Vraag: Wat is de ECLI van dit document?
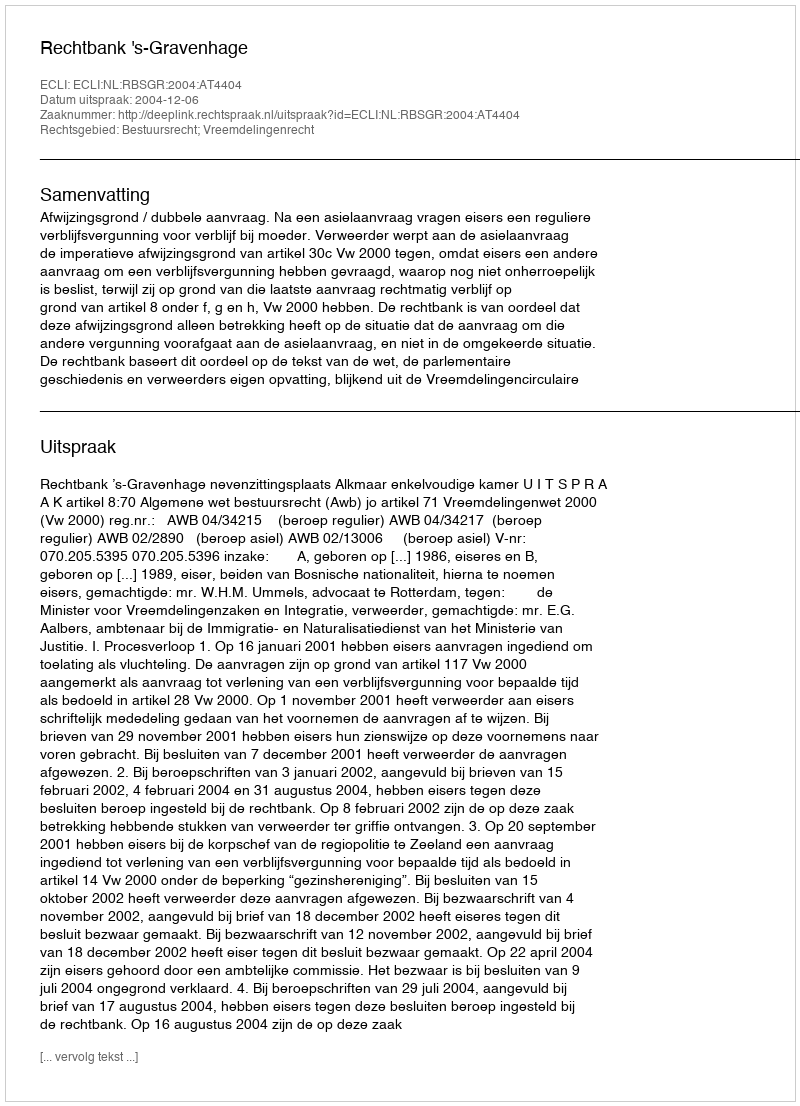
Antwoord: ECLI:NL:RBSGR:2004:AT4404